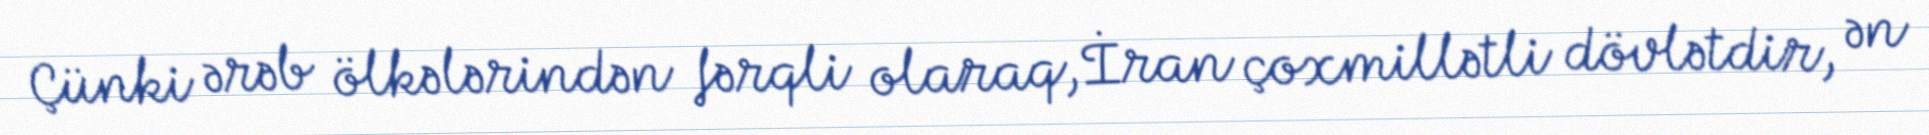
Çünki ərəb ölkələrindən fərqli olaraq, İran çoxmillətli dövlətdir, ən